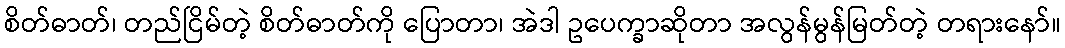
စိတ်ဓာတ်၊ တည်ငြိမ်တဲ့ စိတ်ဓာတ်ကို ပြောတာ၊ အဲဒါ ဥပေက္ခာဆိုတာ အလွန်မွန်မြတ်တဲ့ တရားနော်။